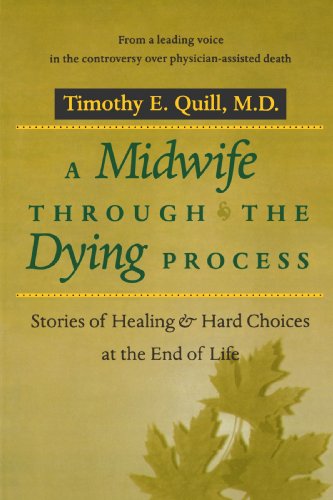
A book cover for A Midwife through the Dying Process: Stories of Healing and Hard Choices at the End of Life; Timothy E. Quill; Medical Books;